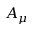
A _ { \mu }